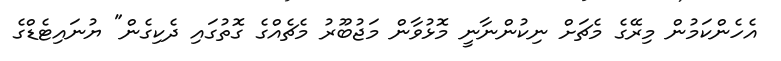
އެހެންކަމުން މިރޭގެ މެޗަށް ނިކުންނާނީ މޮޅުވާން މަޖުބޫރު މެޗެއްގެ ގޮތުގައި ދެކިގެން" ޔުނައިޓެޑްގެ